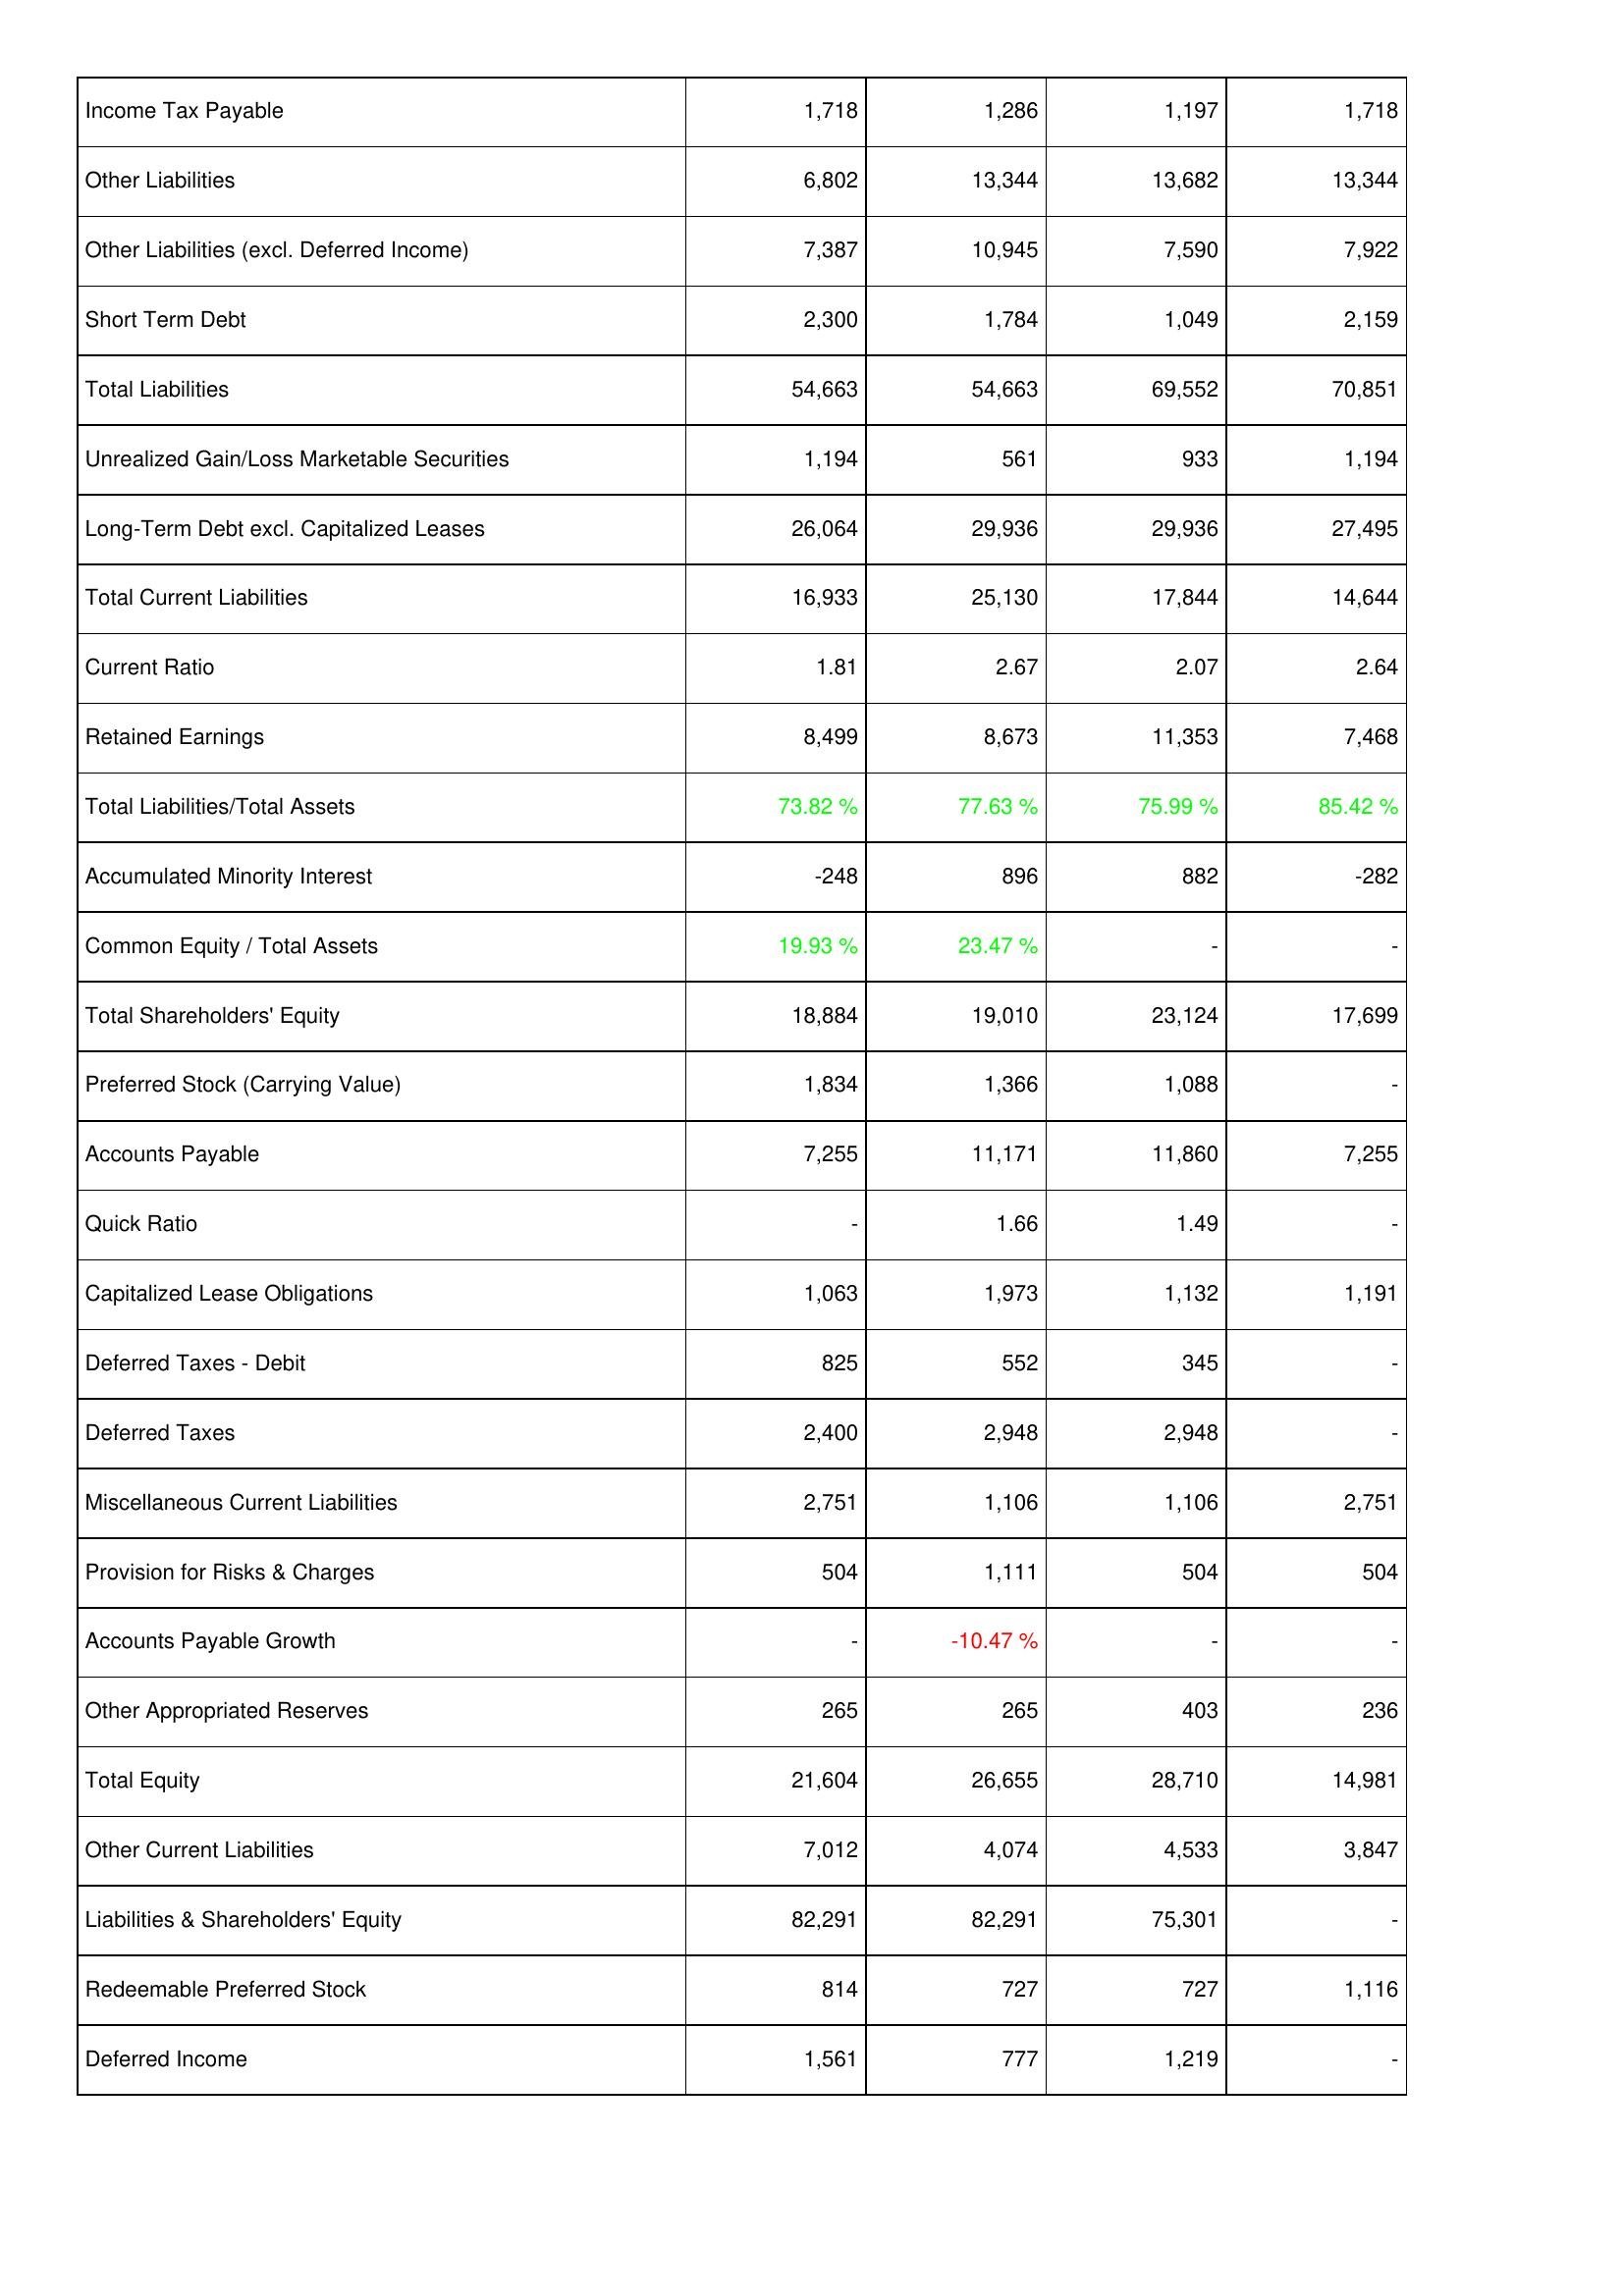
2017: Liabilities & Shareholders' Equity: Income Tax Payable: 1,718
Other Liabilities: 6,802
Other Liabilities (excl. Deferred Income): 7,387
Short Term Debt: 2,300
Total Liabilities: 54,663
Unrealized Gain/Loss Marketable Securities: 1,194
Long-Term Debt excl. Capitalized Leases: 26,064
Total Current Liabilities: 16,933
Current Ratio: 1.81
Retained Earnings: 8,499
Total Liabilities/Total Assets: 73.82 %
Accumulated Minority Interest: -248
Common Equity / Total Assets: 19.93 %
Total Shareholders' Equity: 18,884
Preferred Stock (Carrying Value): 1,834
Accounts Payable: 7,255
Quick Ratio: -
Capitalized Lease Obligations: 1,063
Deferred Taxes - Debit: 825
Deferred Taxes: 2,400
Miscellaneous Current Liabilities: 2,751
Provision for Risks & Charges: 504
Accounts Payable Growth: -
Other Appropriated Reserves: 265
Total Equity: 21,604
Other Current Liabilities: 7,012
Liabilities & Shareholders' Equity: 82,291
Redeemable Preferred Stock: 814
Deferred Income: 1,561
2018: Liabilities & Shareholders' Equity: Income Tax Payable: 1,286
Other Liabilities: 13,344
Other Liabilities (excl. Deferred Income): 10,945
Short Term Debt: 1,784
Total Liabilities: 54,663
Unrealized Gain/Loss Marketable Securities: 561
Long-Term Debt excl. Capitalized Leases: 29,936
Total Current Liabilities: 25,130
Current Ratio: 2.67
Retained Earnings: 8,673
Total Liabilities/Total Assets: 77.63 %
Accumulated Minority Interest: 896
Common Equity / Total Assets: 23.47 %
Total Shareholders' Equity: 19,010
Preferred Stock (Carrying Value): 1,366
Accounts Payable: 11,171
Quick Ratio: 1.66
Capitalized Lease Obligations: 1,973
Deferred Taxes - Debit: 552
Deferred Taxes: 2,948
Miscellaneous Current Liabilities: 1,106
Provision for Risks & Charges: 1,111
Accounts Payable Growth: -10.47 %
Other Appropriated Reserves: 265
Total Equity: 26,655
Other Current Liabilities: 4,074
Liabilities & Shareholders' Equity: 82,291
Redeemable Preferred Stock: 727
Deferred Income: 777
2019: Liabilities & Shareholders' Equity: Income Tax Payable: 1,197
Other Liabilities: 13,682
Other Liabilities (excl. Deferred Income): 7,590
Short Term Debt: 1,049
Total Liabilities: 69,552
Unrealized Gain/Loss Marketable Securities: 933
Long-Term Debt excl. Capitalized Leases: 29,936
Total Current Liabilities: 17,844
Current Ratio: 2.07
Retained Earnings: 11,353
Total Liabilities/Total Assets: 75.99 %
Accumulated Minority Interest: 882
Common Equity / Total Assets: -
Total Shareholders' Equity: 23,124
Preferred Stock (Carrying Value): 1,088
Accounts Payable: 11,860
Quick Ratio: 1.49
Capitalized Lease Obligations: 1,132
Deferred Taxes - Debit: 345
Deferred Taxes: 2,948
Miscellaneous Current Liabilities: 1,106
Provision for Risks & Charges: 504
Accounts Payable Growth: -
Other Appropriated Reserves: 403
Total Equity: 28,710
Other Current Liabilities: 4,533
Liabilities & Shareholders' Equity: 75,301
Redeemable Preferred Stock: 727
Deferred Income: 1,219
2020: Liabilities & Shareholders' Equity: Income Tax Payable: 1,718
Other Liabilities: 13,344
Other Liabilities (excl. Deferred Income): 7,922
Short Term Debt: 2,159
Total Liabilities: 70,851
Unrealized Gain/Loss Marketable Securities: 1,194
Long-Term Debt excl. Capitalized Leases: 27,495
Total Current Liabilities: 14,644
Current Ratio: 2.64
Retained Earnings: 7,468
Total Liabilities/Total Assets: 85.42 %
Accumulated Minority Interest: -282
Common Equity / Total Assets: -
Total Shareholders' Equity: 17,699
Preferred Stock (Carrying Value): -
Accounts Payable: 7,255
Quick Ratio: -
Capitalized Lease Obligations: 1,191
Deferred Taxes - Debit: -
Deferred Taxes: -
Miscellaneous Current Liabilities: 2,751
Provision for Risks & Charges: 504
Accounts Payable Growth: -
Other Appropriated Reserves: 236
Total Equity: 14,981
Other Current Liabilities: 3,847
Liabilities & Shareholders' Equity: -
Redeemable Preferred Stock: 1,116
Deferred Income: -